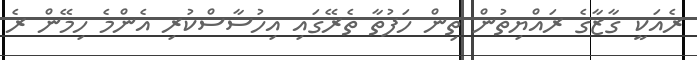
ރެއަކީ ގާޒާގެ ރައްޔިތުން ތިން ހަފުތާ ތެރޭގައި އިހުސާސްކުރި އެންމެ ހިމޭން ރެ